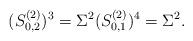
LaTeX: \begin{align*}(S^{(2)}_{0,2})^3=\Sigma^2 (S^{(2)}_{0,1})^4=\Sigma^2.\end{align*}